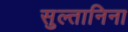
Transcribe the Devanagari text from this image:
सुल्तानिना